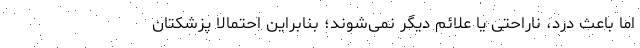
اما باعث درد، ناراحتی یا علائم دیگر نمی‌شوند؛ بنابراین احتمالا پزشکتان